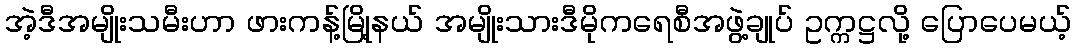
အဲ့ဒီအမျိုးသမီးဟာ ဖားကန့်မြို့နယ် အမျိုးသားဒီမိုကရေစီအဖွဲ့ချုပ် ဥက္ကဋ္ဌလို့ ပြောပေမယ့်